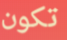
تكون